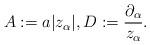
LaTeX: \begin{align*}A:=a|z_{\alpha}|,D:=\frac{\partial_{\alpha}}{z_{\alpha}}.\end{align*}